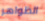
الظواهر